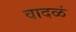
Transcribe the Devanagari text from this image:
वादळं